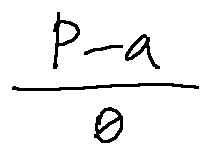
\frac { P - a } { 0 }